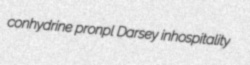
conhydrine pronpl Darsey inhospitality